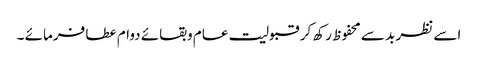
اسے نظر بد سے محفوظ رکھ کر قبولیت عام وبقائے دوام عطا فرمائے ۔